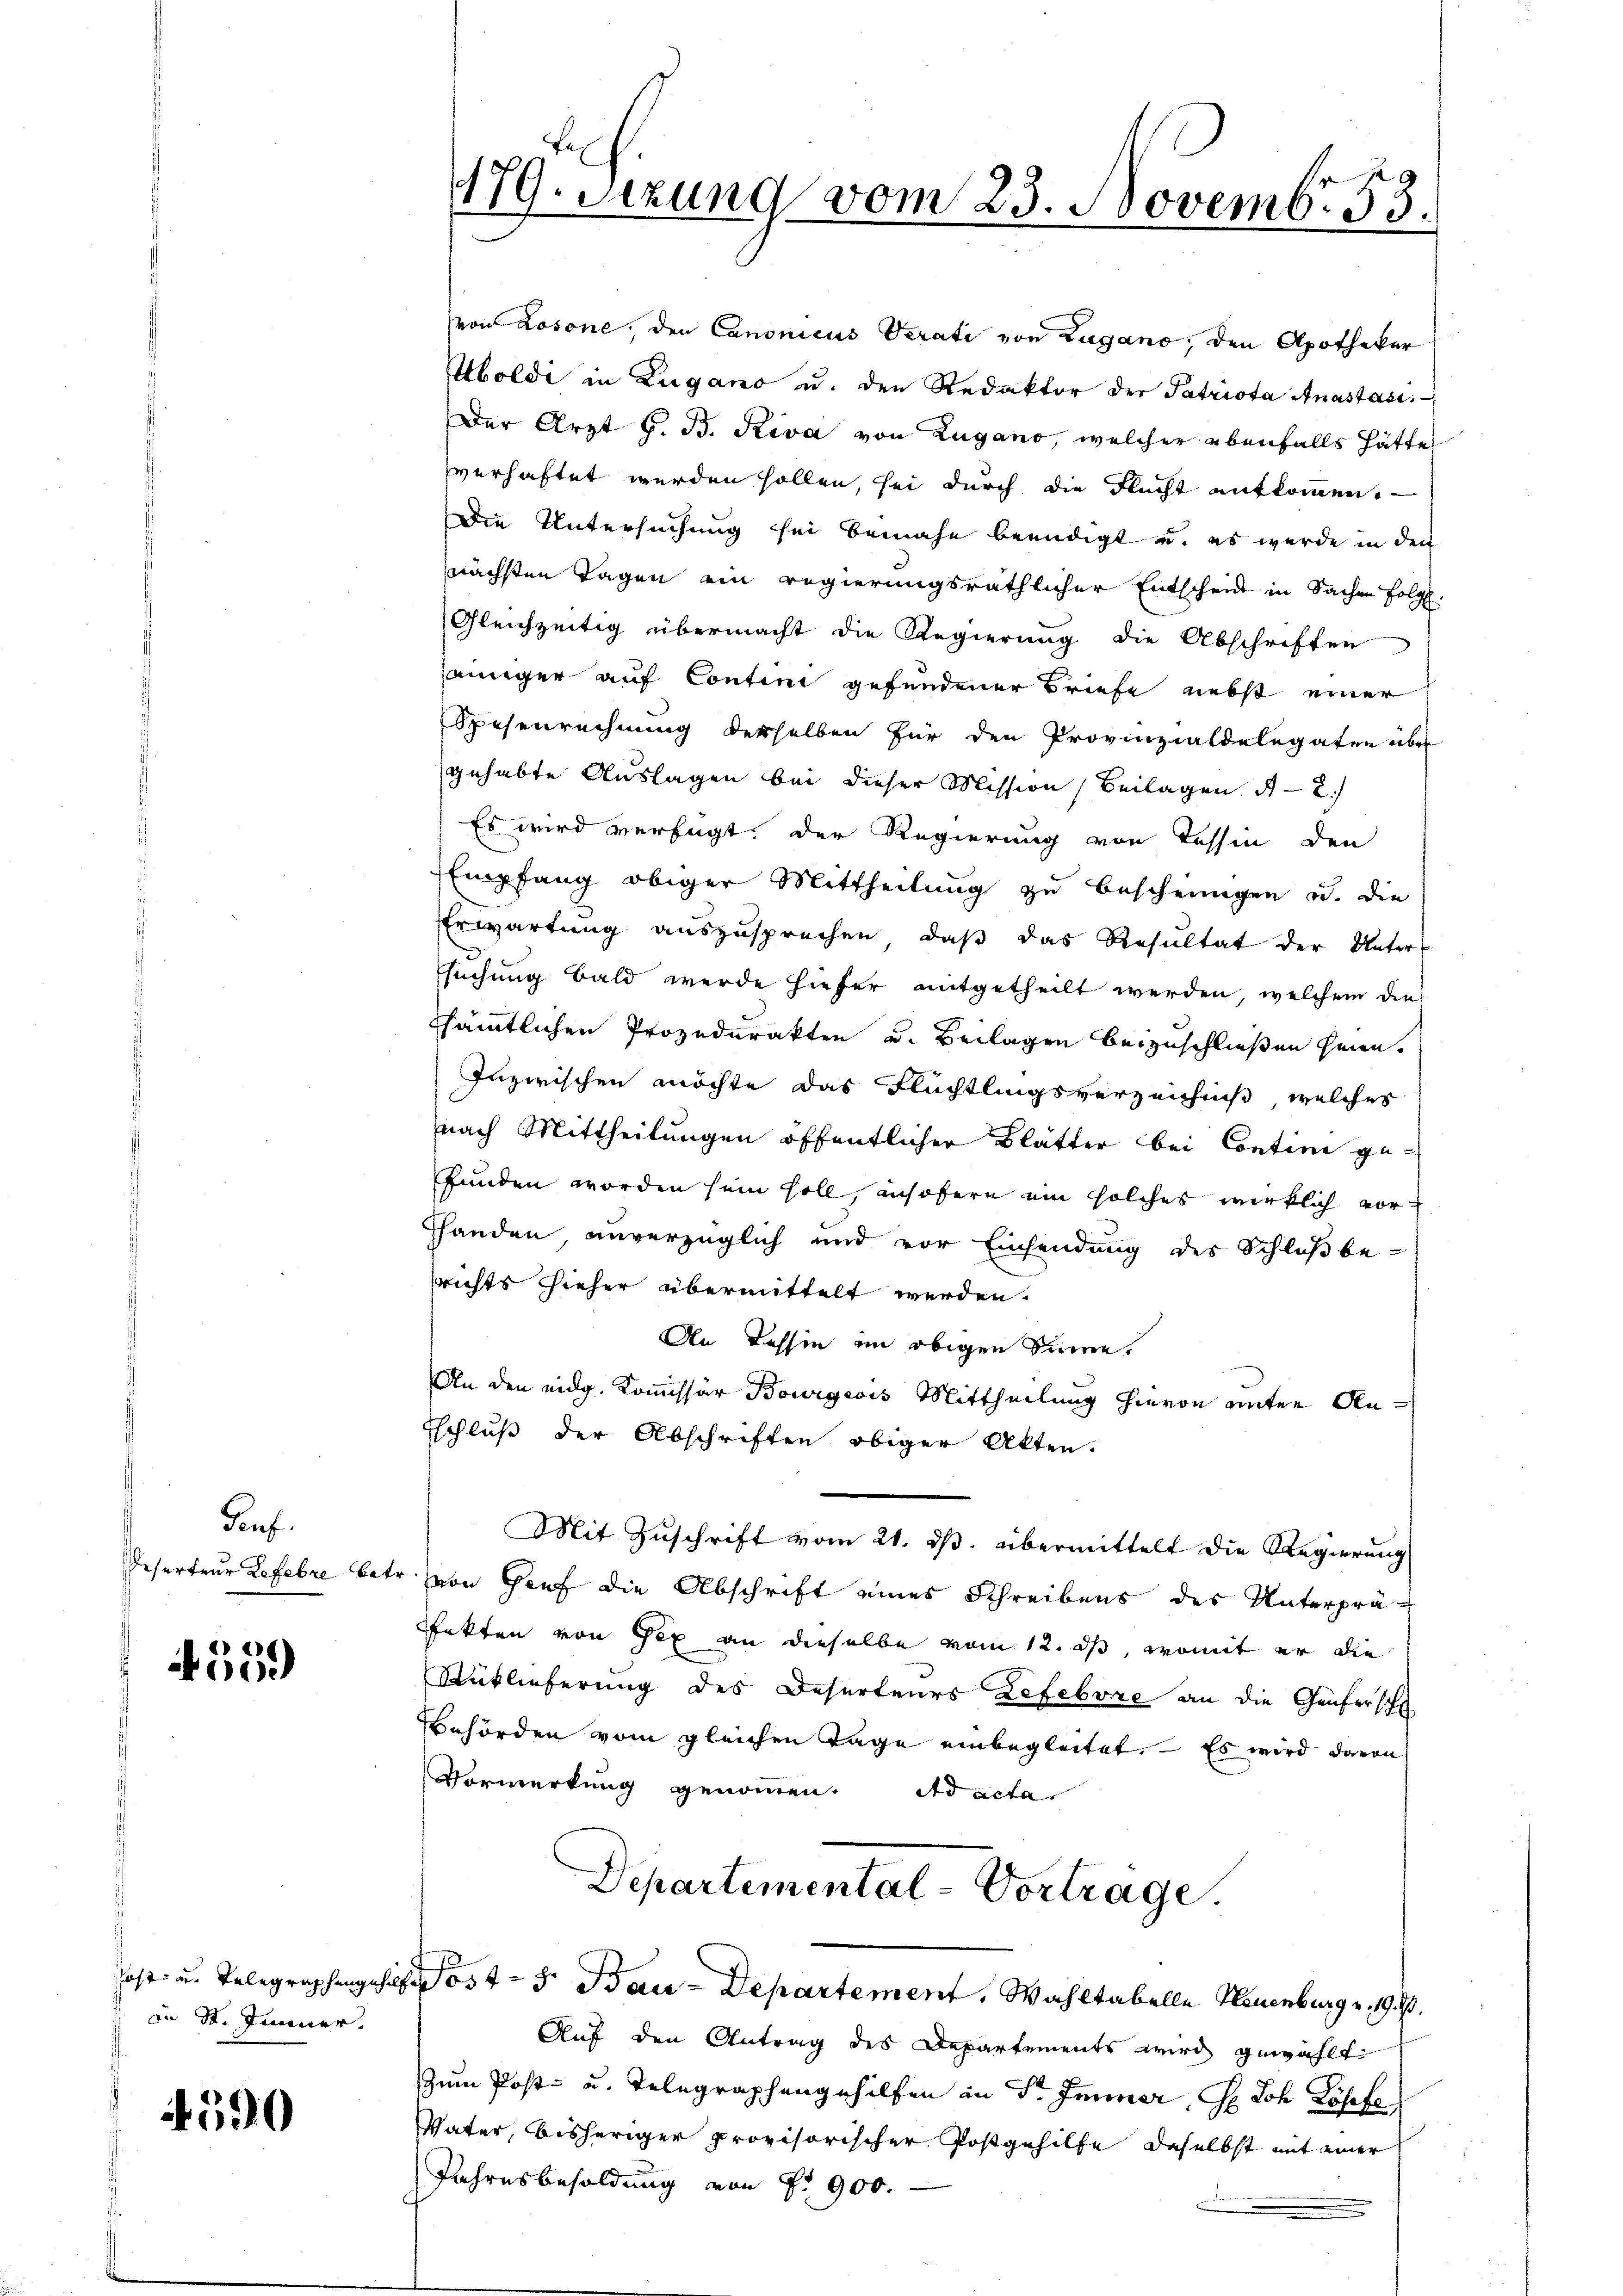
Genf
Reserteur Refere betr.

455.

" in St. Jenner.

4590

179. Setzung vom 23. Novembr 53

von Losone, den Canonicus Verati von Zugano, den Apotheker
Aboldi in Zugano u. den Redaktor der Patriota Anastasi
Der Arzt G. B. Riva von Zugano, welcher ebenfalls hätte
verhaftet werden sollen, sei durch die Flucht entkommen,
Die Untersuchung sei benahe beendigt u. es wurde in der
nächsten Tagen ein regierungsräthlicher Entscheid in Sachen folg.
Gleichzeitig übermacht die Regierung die Abschriften
jeiniger auf Contini gefundener Briefe nebst einer
Spesenrechnung derselben für den Provinzialdelegaten über
gehabte Auslagen bei dieser Mission (Beilagen 4 - 2.)
Es wird verfügt, der Regierung von Tessin den
Empfang obiger Mittheilung zu bescheinigen u. die
Erwartung auszusprechen, daß das Resultat der Unter-
Esuchung bald werde hiefer mitgetheilt werden, welchem die
ssämtlichen Prozedurakten und Beilagen beizuschließen hann.
Inzwischen möchte das Flüchtlingsverzeichniß, welches
nach Mittheilungen öffentlicher Blätter bei Contini gefunden worden sein soll, insofern ein solches wirklich vorhhanden, unverzüglich und vor Einsendung des Schluß berichts sieher übermittelt werden.
An Tessin im obigen Sinne.
An den eidg. Kommissär Bourgeois Mittheilung hievon unter An¬
Eschluß der Abschriften obiger Alten.
Mit Zuschrift vom 21. ds. übermittelt die Regierung
von Hauf die Abschrift eines Schreibens des Unterprä-
ffekten von Tex an dieselbe vom 12. ds, womit er die
Rütlieferung des Deserteurs Lefebore an die Genferschl
Behörden vom gleichen Tage einbegleitet. Es wird davon
Vormerkung genommen. ad acta
Departemental-Vortrage.
ost u. Telegraphengehilfe Post - 5. Bau-Departement. Wahltabelle Neuenburg v. 19. d.
Auf den Antrag des Departements wird gewählt
Zum Post- u. Telegraphengehilfen in Sr. Immer, H. Joh. Löffe
Vater, bisheriger provisorischer Postgehilfe, daselbst mit einer
Jahresbesoldung von Fr. 900.